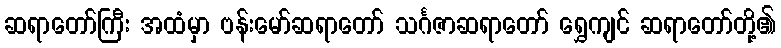
ဆရာတော်ကြီး အထံမှာ ဗန်းမော်ဆရာတော် သင်္ဂဇာဆရာတော် ရွှေကျင် ဆရာတော်တို့၏